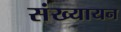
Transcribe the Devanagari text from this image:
संख्यायन